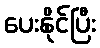
ပေးနိုင်ပြီး